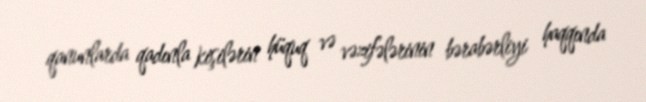
qanunlarda qadınla kişilərin hüquq və vəzifələrinin bərabərliyi haqqında